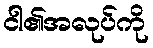
ငါ၏အလုပ်ကို